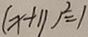
( x + 1 1 ) ^ { 2 } = 1